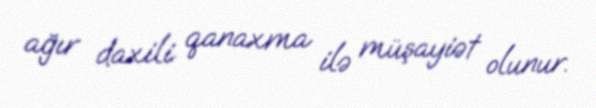
ağır daxili qanaxma ilə müşayiət olunur.